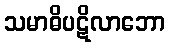
သမာဓိပဋိလာဘော